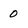
Character: 0